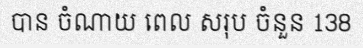
បាន ចំណាយ ពេល សរុប ចំនួន 138